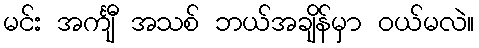
မင်း အင်္ကျီ အသစ် ဘယ်အချိန်မှာ ဝယ်မလဲ။